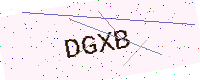
Text: DGXB